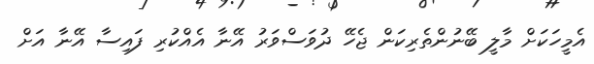
އެމީހަކަށް މާލީ ބޭނުންތެރިކަން ޖެހޭ ދުވަސްވަރު އޭނާ އެއްކުރި ފައިސާ އޭނާ އަށް